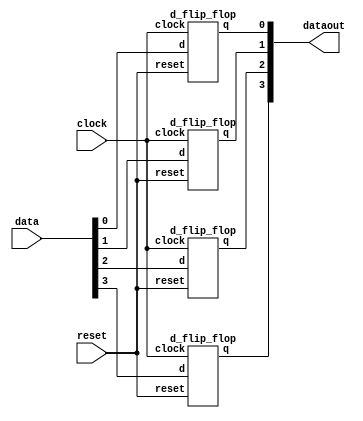
/*
	PIPO Shift Register
	Gate Modelling
	16CO125
*/
module pipo(data,dataout,clock,reset);
	input reset,clock;
	input[3:0] data;
	output[3:0] dataout;

	d_flip_flop o0(data[0],clock,reset,dataout[0]);
	d_flip_flop o1(data[1],clock,reset,dataout[1]);
	d_flip_flop o2(data[2],clock,reset,dataout[2]);
	d_flip_flop o3(data[3],clock,reset,dataout[3]);

endmodule

module d_flip_flop(d,clock,reset,q);
    output q;
    input d,clock,reset;
    wire dn,resetn,clockn,w1,w2,w3,w4,w1n,w2n,w3n,w4n;

	nand (w1,d,clock);
    not (dn,d);
	nand (w1n,dn,clock);
	not (resetn,reset);
    nand (w2,w1,w2n);
	nand (w2n,resetn,w1n,w2);
	not (clockn,clock);
	nand (w3,clockn,w2);
	nand (w3n,clockn,w2n);
    nand (w4,w4n,w3);
    nand (w4n,w4,w3n);
    buf (q,w4);
   
endmodule